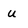
Character: U